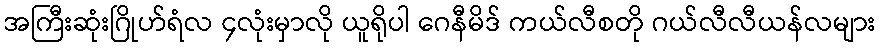
အကြီးဆုံးဂြိုဟ်ရံလ ၄လုံးမှာလို ယူရိုပါ ဂေနီမိဒ် ကယ်လီစတို ဂယ်လီလီယန်လများ